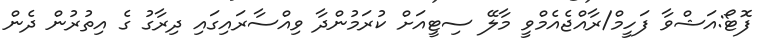
ފޮޓޯ:އަޝްވާ ފަހީމް/ރާއްޖެއެމްވީ މާލޭ ސިޓީއަށް ކުރަމުންދާ ވިއްސާރައިގައި ދިރާގު ގެ އިތުރުން ދެން